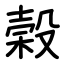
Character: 榖